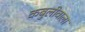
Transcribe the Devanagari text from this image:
कबुलीवाला